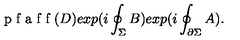
\textup { p f a f f } ( D ) e x p ( i \oint _ { \Sigma } B ) e x p ( i \oint _ { \partial \Sigma } A ) .